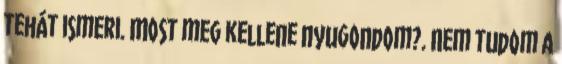
tehát ismeri. Most meg kellene nyugondom?. Nem tudom a